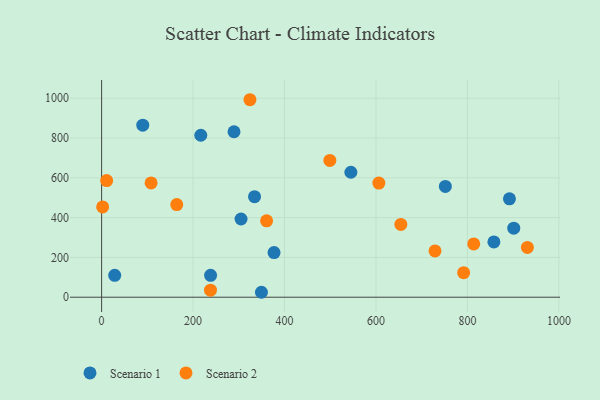
{"axis": {"x": "Investment", "y": "Sales"}, "legend": ["Scenario 1", "Scenario 2"], "data": [{"x": "377.1", "y": 224.1, "type": "Scenario 1"}, {"x": "545.1", "y": 627.9, "type": "Scenario 1"}, {"x": "238.3", "y": 110.1, "type": "Scenario 1"}, {"x": "751.7", "y": 556.9, "type": "Scenario 1"}, {"x": "216.9", "y": 813.8, "type": "Scenario 1"}, {"x": "891.9", "y": 494.2, "type": "Scenario 1"}, {"x": "90.0", "y": 864.4, "type": "Scenario 1"}, {"x": "901.3", "y": 346.7, "type": "Scenario 1"}, {"x": "334.4", "y": 505.3, "type": "Scenario 1"}, {"x": "28.6", "y": 109.9, "type": "Scenario 1"}, {"x": "857.9", "y": 278.0, "type": "Scenario 1"}, {"x": "289.5", "y": 831.5, "type": "Scenario 1"}, {"x": "349.5", "y": 24.8, "type": "Scenario 1"}, {"x": "304.9", "y": 393.0, "type": "Scenario 1"}, {"x": "11.0", "y": 586.1, "type": "Scenario 2"}, {"x": "931.1", "y": 250.2, "type": "Scenario 2"}, {"x": "360.8", "y": 383.7, "type": "Scenario 2"}, {"x": "606.3", "y": 573.7, "type": "Scenario 2"}, {"x": "164.3", "y": 465.7, "type": "Scenario 2"}, {"x": "791.7", "y": 123.3, "type": "Scenario 2"}, {"x": "813.8", "y": 267.8, "type": "Scenario 2"}, {"x": "654.4", "y": 366.0, "type": "Scenario 2"}, {"x": "108.2", "y": 574.4, "type": "Scenario 2"}, {"x": "2.2", "y": 453.7, "type": "Scenario 2"}, {"x": "499.1", "y": 687.4, "type": "Scenario 2"}, {"x": "238.1", "y": 35.4, "type": "Scenario 2"}, {"x": "324.4", "y": 992.4, "type": "Scenario 2"}, {"x": "729.1", "y": 232.8, "type": "Scenario 2"}]}